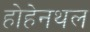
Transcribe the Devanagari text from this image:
होहेनथल